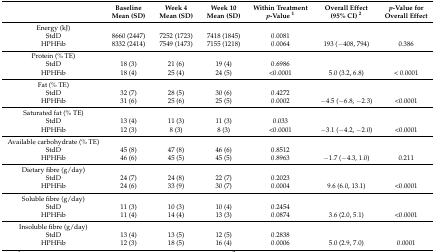
<table><thead><tr><td></td><td><b>Baseline Mean (SD)</b></td><td><b>Week 4 Mean (SD)</b></td><td><b>Week 10 Mean (SD)</b></td><td><b>Within Treatment <i>p</i>-Value <sup>1</sup></b></td><td><b>Overall Effect (95% CI) <sup>2</sup></b></td><td><b><i>p</i>-Value for Overall Effect</b></td></tr></thead><tbody><tr><td>Energy (kJ)</td><td></td><td></td><td></td><td></td><td></td><td></td></tr><tr><td>StdD</td><td>8660 (2447)</td><td>7252 (1723)</td><td>7418 (1845)</td><td>0.0081</td><td></td><td></td></tr><tr><td>HPHFib</td><td>8332 (2414)</td><td>7549 (1473)</td><td>7155 (1218)</td><td>0.0064</td><td>193 (−408, 794)</td><td>0.386</td></tr><tr><td>Protein (% TE)</td><td></td><td></td><td></td><td></td><td></td><td></td></tr><tr><td>StdD</td><td>18 (3)</td><td>21 (6)</td><td>19 (4)</td><td>0.6986</td><td></td><td></td></tr><tr><td>HPHFib</td><td>18 (4)</td><td>25 (4)</td><td>24 (5)</td><td>&lt;0.0001</td><td>5.0 (3.2, 6.8)</td><td>&lt; 0.0001</td></tr><tr><td>Fat (% TE)</td><td></td><td></td><td></td><td></td><td></td><td></td></tr><tr><td>StdD</td><td>32 (7)</td><td>28 (5)</td><td>30 (6)</td><td>0.4272</td><td></td><td></td></tr><tr><td>HPHFib</td><td>31 (6)</td><td>25 (6)</td><td>25 (5)</td><td>0.0002</td><td>−4.5 (−6.8, −2.3)</td><td>&lt;0.0001</td></tr><tr><td>Saturated fat (% TE)</td><td></td><td></td><td></td><td></td><td></td><td></td></tr><tr><td>StdD</td><td>13 (4)</td><td>11 (3)</td><td>11 (3)</td><td>0.033</td><td></td><td></td></tr><tr><td>HPHFib</td><td>12 (3)</td><td>8 (3)</td><td>8 (3)</td><td>&lt;0.0001</td><td>−3.1 (−4.2, −2.0)</td><td>&lt;0.0001</td></tr><tr><td>Available carbohydrate (% TE)</td><td></td><td></td><td></td><td></td><td></td><td></td></tr><tr><td>StdD</td><td>45 (8)</td><td>47 (8)</td><td>46 (6)</td><td>0.8512</td><td></td><td></td></tr><tr><td>HPHFib</td><td>46 (6)</td><td>45 (5)</td><td>45 (5)</td><td>0.8963</td><td>−1.7 (−4.3, 1.0)</td><td>0.211</td></tr><tr><td>Dietary fibre (g/day)</td><td></td><td></td><td></td><td></td><td></td><td></td></tr><tr><td>StdD</td><td>24 (7)</td><td>24 (8)</td><td>22 (7)</td><td>0.2023</td><td></td><td></td></tr><tr><td>HPHFib</td><td>24 (6)</td><td>33 (9)</td><td>30 (7)</td><td>0.0004</td><td>9.6 (6.0, 13.1)</td><td>&lt;0.0001</td></tr><tr><td>Soluble fibre (g/day)</td><td></td><td></td><td></td><td></td><td></td><td></td></tr><tr><td>StdD</td><td>11 (3)</td><td>10 (3)</td><td>10 (4)</td><td>0.2454</td><td></td><td></td></tr><tr><td>HPHFib</td><td>11 (4)</td><td>14 (4)</td><td>13 (3)</td><td>0.0874</td><td>3.6 (2.0, 5.1)</td><td>&lt;0.0001</td></tr><tr><td>Insoluble fibre (g/day)</td><td></td><td></td><td></td><td></td><td></td><td></td></tr><tr><td>StdD</td><td>13 (4)</td><td>13 (5)</td><td>12 (5)</td><td>0.2838</td><td></td><td></td></tr><tr><td>HPHFib</td><td>12 (3)</td><td>18 (5)</td><td>16 (4)</td><td>0.0006</td><td>5.0 (2.9, 7.0)</td><td>0.0001</td></tr></tbody></table>